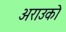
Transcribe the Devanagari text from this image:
अराउको